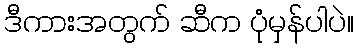
ဒီကားအတွက် ဆီက ပုံမှန်ပါပဲ။